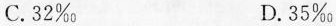
C.32‰ D.35‰